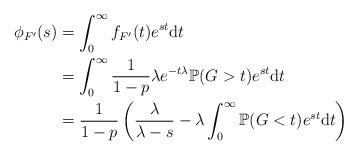
LaTeX: \begin{align*} \phi_{F'}(s) &= \int_0^\infty f_{F'}(t)e^{st}\mathrm{d}t\\&= \int_0^\infty \frac{1}{1-p}\lambda e^{-t\lambda}\mathbb{P}(G>t)e^{st}\mathrm{d}t\\&= \frac{1}{1-p}\left(\frac{\lambda}{\lambda-s}-\lambda\int_0^\infty \mathbb{P}(G<t)e^{st}\mathrm{d}t\right) \end{align*}